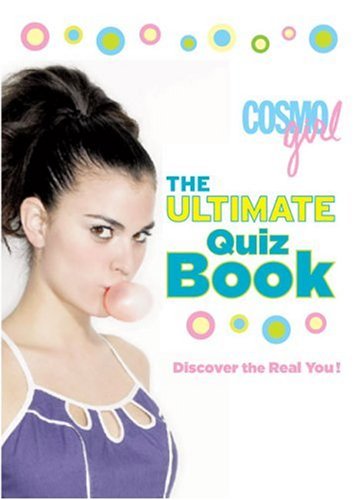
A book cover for CosmoGIRL The Ultimate Quiz Book: Discover the Real You! (CosmoGIRL! Quiz Books); Teen & Young Adult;